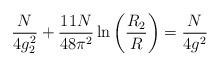
LaTeX: \begin{align*}\frac{N}{4g_2^2}+\frac{11N}{48\pi^2}\ln\left(\frac{R_2}{R}\right)=\frac{N}{4g^2}\end{align*}